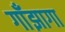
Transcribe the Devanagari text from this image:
गाँझागा